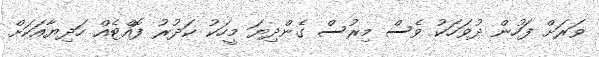
ވަރަށް ފަހުން ދުވަހަކު ވެސް މިރުސް ގެންދިޔަ މީހަކު ކަދުރު ފޮއްޓެއް ހަދިޔާއަކަށް